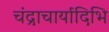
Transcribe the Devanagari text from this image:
चंद्राचार्यादिभि